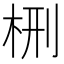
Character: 㭢